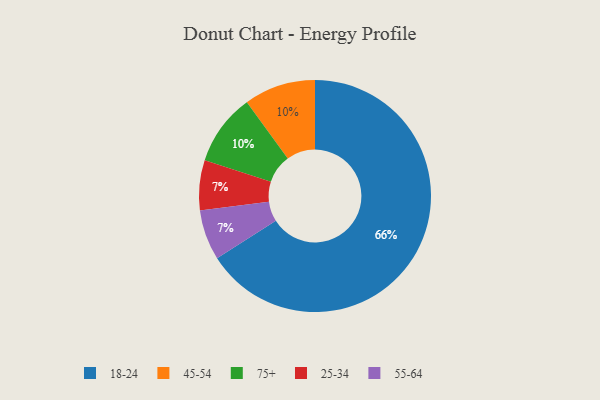
{"axis": {"x": "Category", "y": "Percentage"}, "legend": ["18-24", "25-34", "45-54", "55-64", "75+"], "data": [{"x": "45-54", "y": 10, "type": "45-54"}, {"x": "25-34", "y": 7, "type": "25-34"}, {"x": "75+", "y": 10, "type": "75+"}, {"x": "55-64", "y": 7, "type": "55-64"}, {"x": "18-24", "y": 66, "type": "18-24"}]}